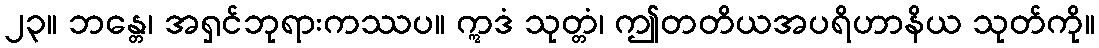
၂၃။ ဘန္တေ၊ အရှင်ဘုရားကဿပ။ ဣဒံ သုတ္တံ၊ ဤတတိယအပရိဟာနိယ သုတ်ကို။